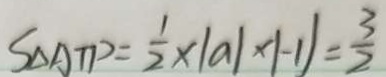
S _ { \Delta A T P } = \frac { 1 } { 2 } \times \vert a \vert \times \vert - 1 \vert = \frac { 3 } { 2 }